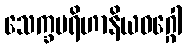
သေက္ခပရိဟာနိယဝဂ္ဂေါ